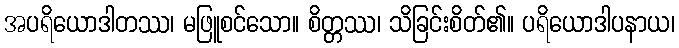
အပရိယောဒါတဿ၊ မဖြူစင်သော။ စိတ္တဿ၊ သိခြင်းစိတ်၏။ ပရိယောဒါပနာယ၊